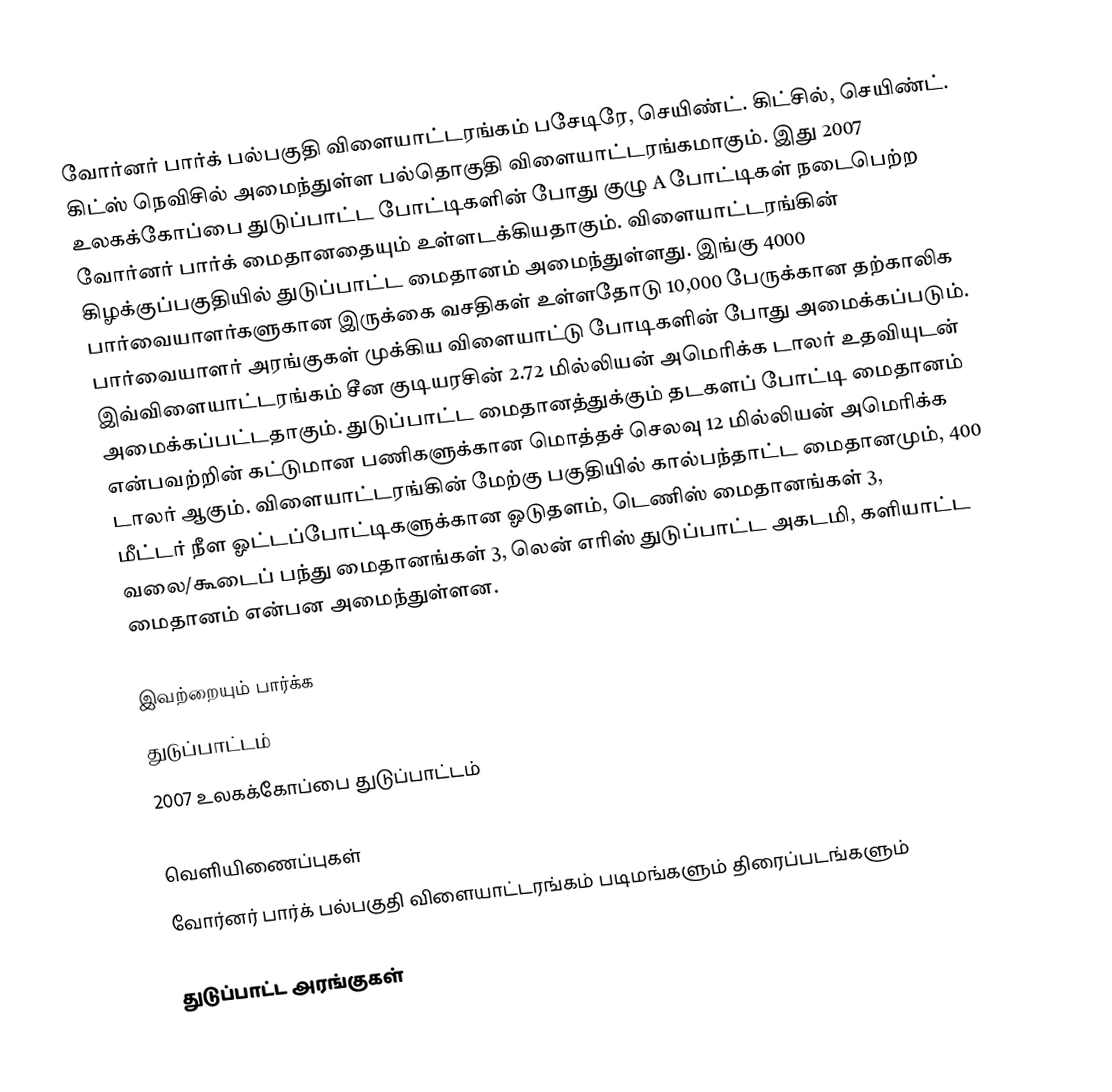
வோர்னர் பார்க் பல்பகுதி விளையாட்டரங்கம் பசேடிரே, செயிண்ட். கிட்சில், செயிண்ட். கிட்ஸ் நெவிசில் அமைந்துள்ள பல்தொகுதி விளையாட்டரங்கமாகும். இது 2007 உலகக்கோப்பை துடுப்பாட்ட போட்டிகளின் போது 	குழு A போட்டிகள் நடைபெற்ற வோர்னர் பார்க் மைதானதையும் உள்ளடக்கியதாகும். விளையாட்டரங்கின் கிழக்குப்பகுதியில் துடுப்பாட்ட மைதானம் அமைந்துள்ளது. இங்கு 4000 பார்வையாளர்களுகான இருக்கை வசதிகள் உள்ளதோடு 10,000 பேருக்கான தற்காலிக பார்வையாளர் அரங்குகள் முக்கிய விளையாட்டு போடிகளின் போது அமைக்கப்படும். இவ்விளையாட்டரங்கம் சீன குடியரசின் 2.72 மில்லியன் அமெரிக்க டாலர் உதவியுடன் அமைக்கப்பட்டதாகும். துடுப்பாட்ட மைதானத்துக்கும் தடகளப் போட்டி மைதானம் என்பவற்றின் கட்டுமான பணிகளுக்கான மொத்தச் செலவு 12 மில்லியன் அமெரிக்க டாலர் ஆகும். விளையாட்டரங்கின் மேற்கு பகுதியில் கால்பந்தாட்ட மைதானமும், 400 மீட்டர் நீள ஓட்டப்போட்டிகளுக்கான ஓடுதளம், டெணிஸ் மைதானங்கள் 3, வலை/கூடைப் பந்து மைதானங்கள் 3, லென் எரிஸ் துடுப்பாட்ட அகடமி, களியாட்ட மைதானம் என்பன அமைந்துள்ளன.

இவற்றையும் பார்க்க
துடுப்பாட்டம்
2007 உலகக்கோப்பை துடுப்பாட்டம்

வெளியிணைப்புகள்
வோர்னர் பார்க் பல்பகுதி விளையாட்டரங்கம் படிமங்களும் திரைப்படங்களும்

துடுப்பாட்ட அரங்குகள்